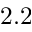
2 . 2